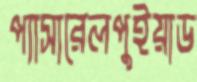
প্যাসারেলপুইয়াড